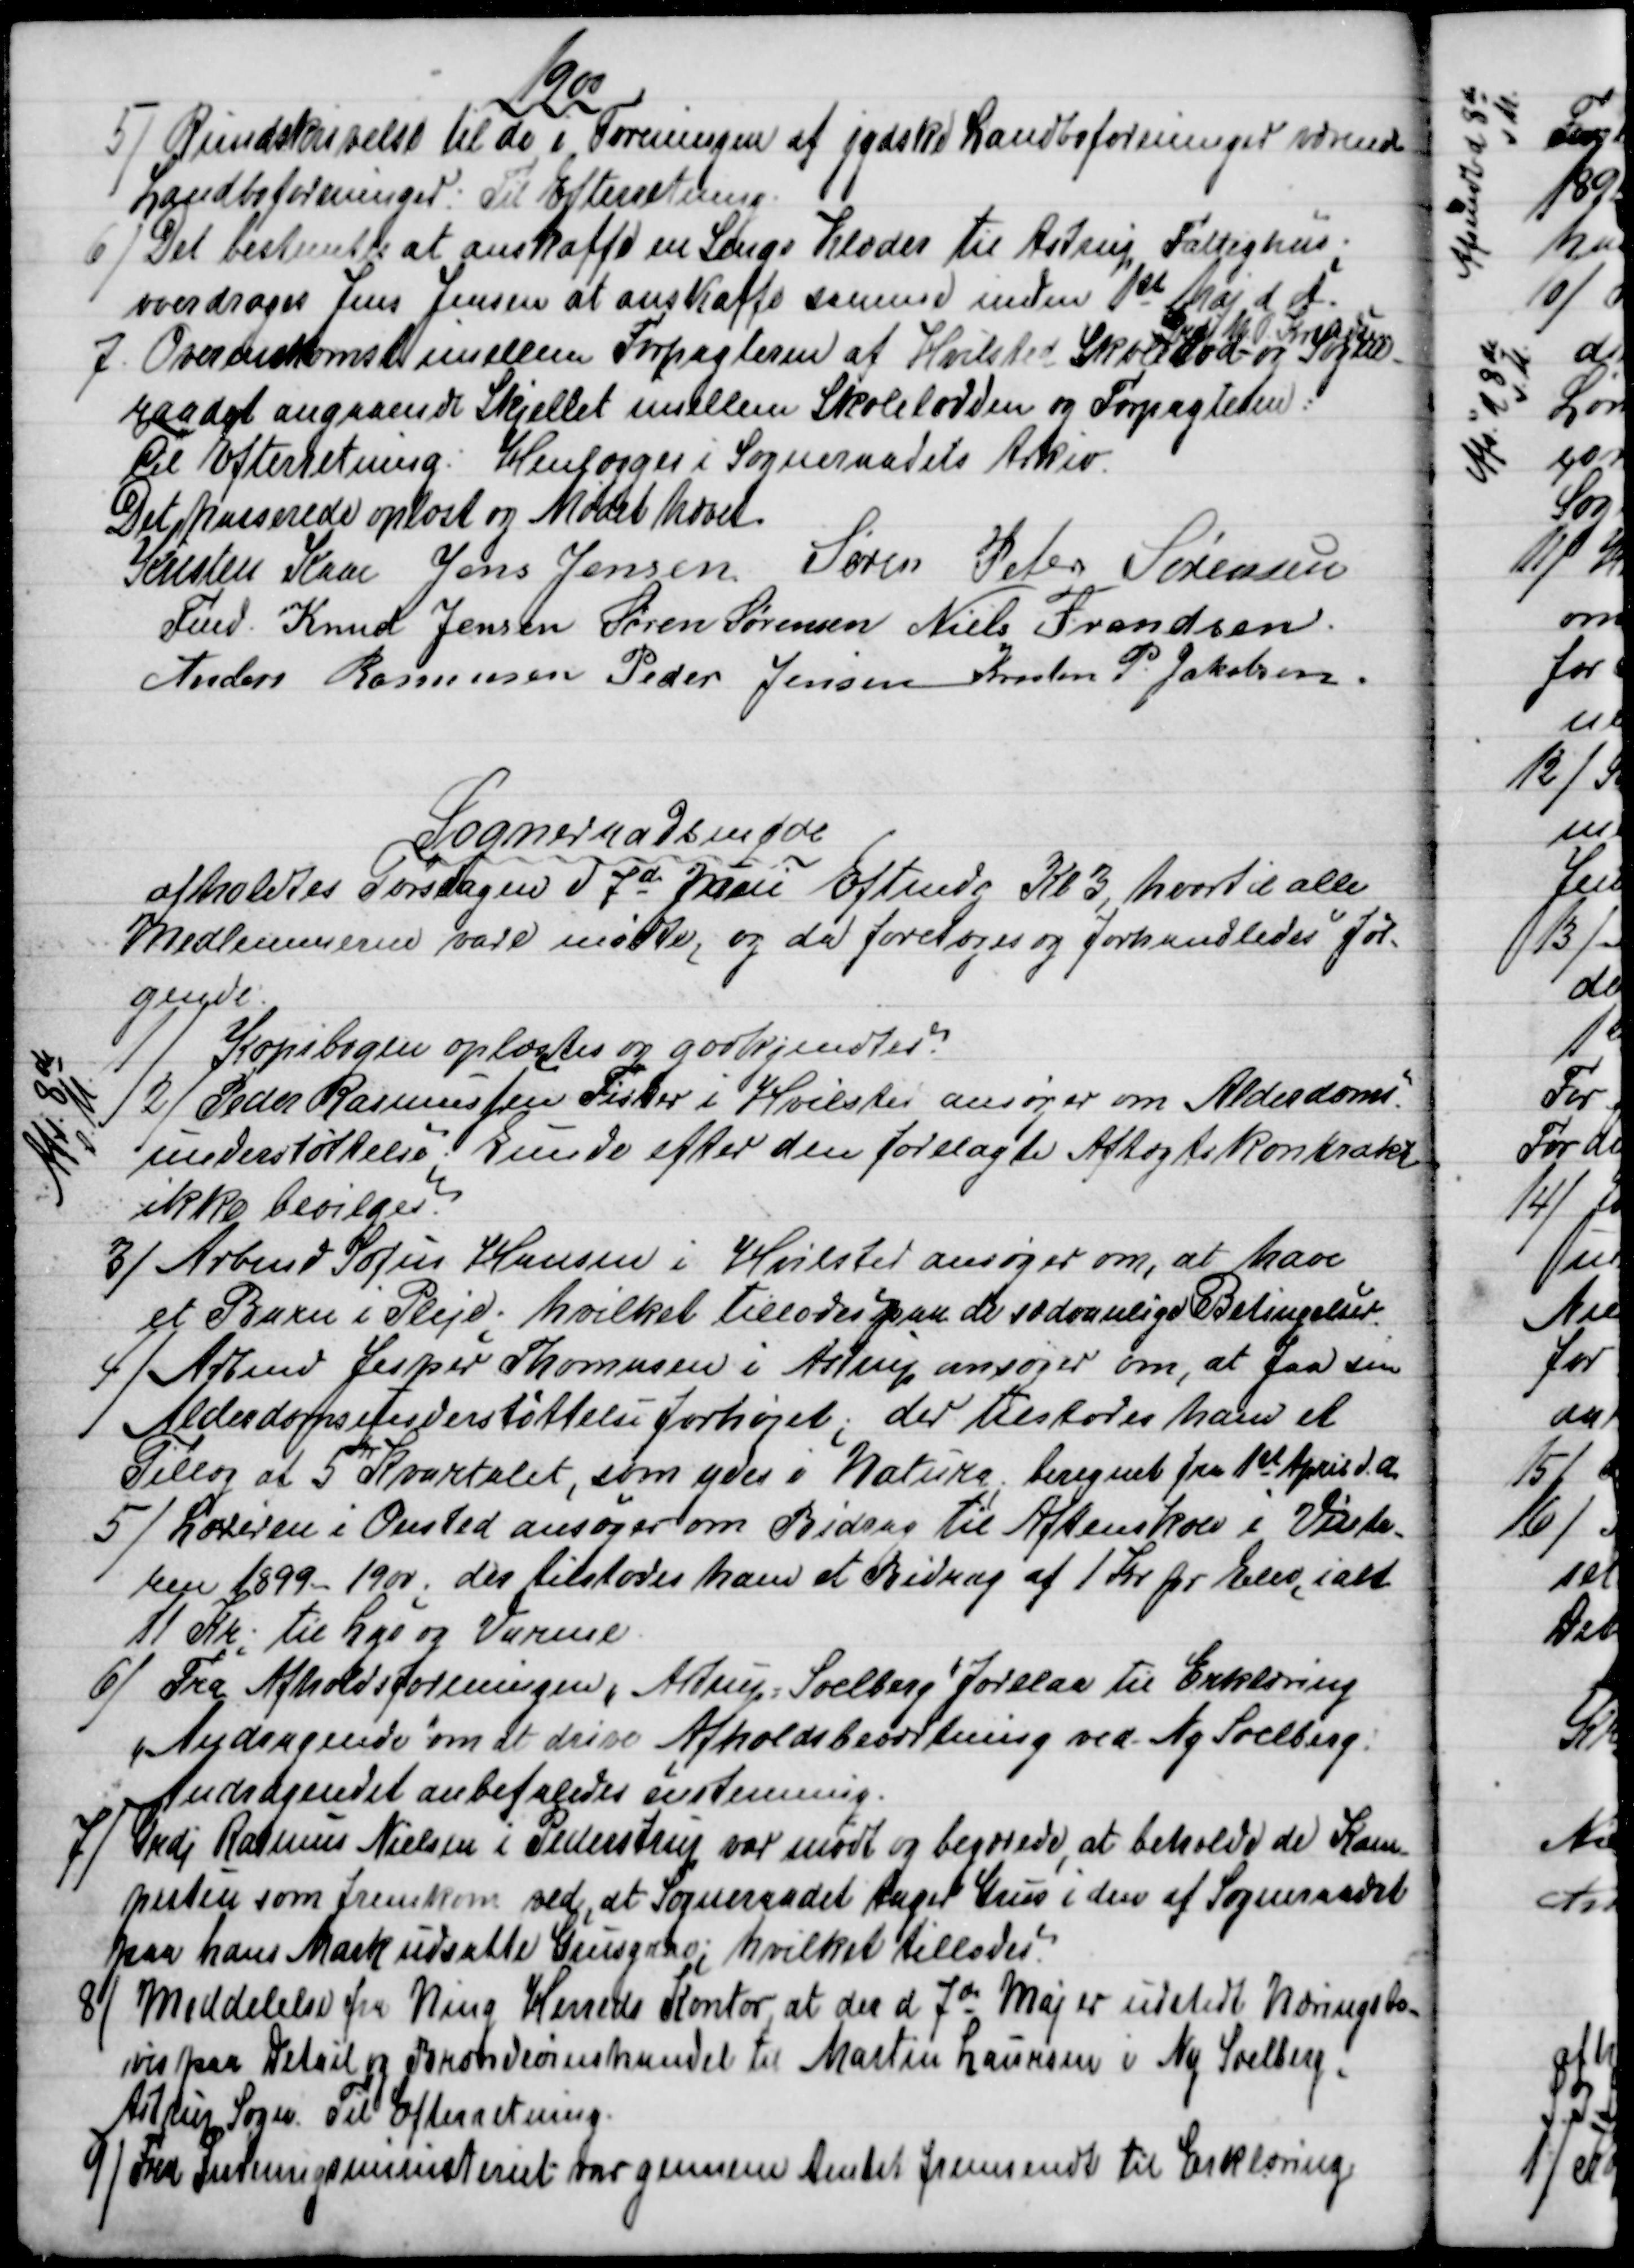
Transskription:
1900
5)
Rundskrivelse til de i Foreningen af jydske Landboforeninger værende
Landboforeninger: Til Efterretning.
6) 
Det bestemtes at anskaffe en Senge Klæder til Astrup Fattighus.
overdroges Jens Jensen at anskaffe samme inden 1st Maj d. A.
7
Overenskomst imellem Forpagteren af Hvilsted Skolelod 
Grdj M. .P Knudsen
og Sogne-
raadet angaaende Skjellet imellem Skolelodden og Forpagteren:
Til Efterretning. Henlægges i Sogneraadets Arkiv.
Det passerede oplæst og Mødet hævet.
Kristen Kaae 
Fmd.
Jens Jensen Søren Peter Sørensen
Knud Jensen Søren Sørensen Niels Frandsen
Anders Rasmussen Peder Jensen Kresten P. Jakobsen
Sogneraadsmøde
afholdtes Torsdagen d 7de Juni Eftmdg Kl 3, hvortil alle
Medlemmerne vare mødte, og da foretoges og forhandledes føl-
gende:
1)
Kopibogen oplæstes og godkjendtes:
2) 
Peder Rasmussen Fisker i Hvilsted ansøger om Alderdoms-
understøttelse. Kunde efter den forelagte Aftægtskontrakt
ikke bevilges.
Afs. 8de
s.M.
3) 
Arbmd Sofus Hansen i Hvilsted ansøger om, at have
et Barn i Pleje; hvilket tillodes paa de sædvanlige Betingelser
4)
Arbmd Jesper Thomasen i Astrup ansøger om, at faa sin
Alderdomsunderstøttelse forhøjet; der tilstodes ham et
Tillæg af 5 
Kr
Kvartalet, som ydes i Natura, beregnet fra 1st April d. A.
5)
Læreren i Onsted ansøger om Bidrag til Aftenskole i Vinte-
ren 1899 - 1900; der tilstodes ham et Bidrag af 1 Kr pr Elev, ialt
11 Kr; til Lys og Varme.
6) 
Fra Afholdsforeningen "Astrup - Soelberg" forelaa til Erklæring
"Andragende" om at drive Afholdsbeværtning ved Ny Soelberg:
Andragendet anbefaledes énstemmig.
7)
Grdj Rasmus Nielsen i Pederstrup var mødt og begærede, at beholde de Kam-
pesten som fremkom ved, at Sogneraadet tager Grus i den af Sogneraadet
paa hans Mark udsatte Grusgrav, hvilket tillodes
8)
Meddelelse fra Ning Herreds Kontor, at der d 7de Maj er udstedt Næringsbe-
vis paa Detail og Brændevinshandel til Martin Laursen i Ny Soelberg.
Astrup Sogn. Til Efterretning.
9) 
 Fra Indenrigsministeriet var gennem Amtet fremsendt til Erklæring